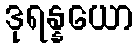
ဒုရန္နယော